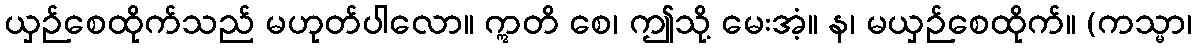
ယှဉ်စေထိုက်သည် မဟုတ်ပါလော။ ဣတိ စေ၊ ဤသို့ မေးအံ့။ န၊ မယှဉ်စေထိုက်။ (ကသ္မာ၊